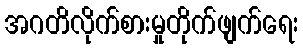
အဂတိလိုက်စားမှုတိုက်ဖျက်ရေး